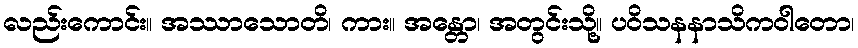
လည်းကောင်း။ အဿာသောတိ၊ ကား။ အန္တော၊ အတွင်းသို့။ ပဝိသနနာသိကဝါတော၊